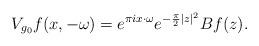
LaTeX: \begin{align*}V_{g_0}f(x,-\omega) = e^{\pi i x \cdot \omega} e^{-\frac{\pi}{2} |z|^2} Bf(z).\end{align*}